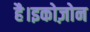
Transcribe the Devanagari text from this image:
है।इकोज़ोन